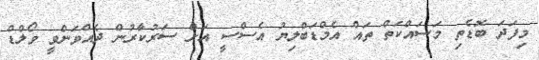
މިފަދަ ބޮޑެތި މަސައްކަތް ތައް އެމްޑަބްލިޔު އެސްސީ އަށް ސަރުކާރުން ދެއްވަންވީ ވޯލްޑް